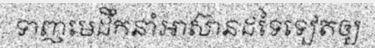
ទាញមេដឹកនាំអាស៊ានដទៃទៀតឲ្យ